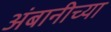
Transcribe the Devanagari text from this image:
अंबानीच्या